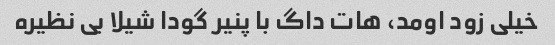
خیلی زود اومد، هات داگ با پنیر گودا شیلا بی نظیره